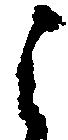
之